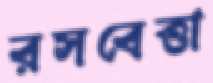
রসবেত্তা